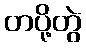
တပို့တွဲ